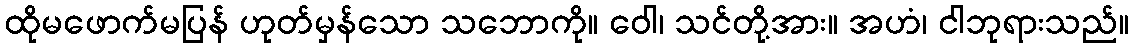
ထိုမဖောက်မပြန် ဟုတ်မှန်သော သဘောကို။ ဝေါ၊ သင်တို့အား။ အဟံ၊ ငါဘုရားသည်။